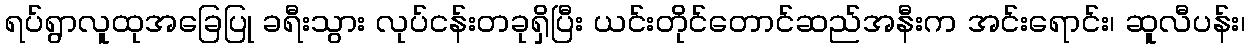
ရပ်ရွာလူထုအခြေပြု ခရီးသွား လုပ်ငန်းတခုရှိပြီး ယင်းတိုင်တောင်ဆည်အနီးက အင်းရောင်း၊ ဆူလီပန်း၊